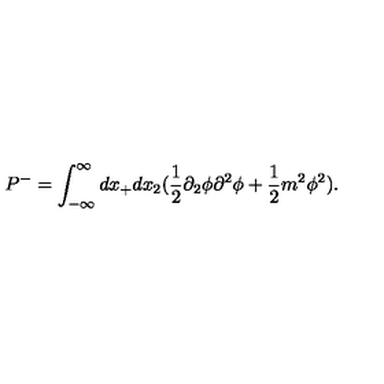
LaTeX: P ^ { - } = \int _ { - \infty } ^ { \infty } d x _ { + } d x _ { 2 } ( \frac { 1 } { 2 } \partial _ { 2 } \phi \partial ^ { 2 } \phi + \frac { 1 } { 2 } m ^ { 2 } \phi ^ { 2 } ) .